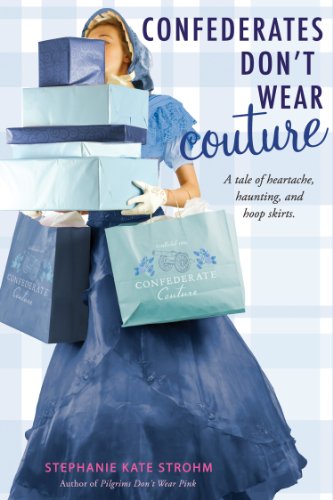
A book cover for Confederates Don't Wear Couture; Stephanie Kate Strohm; Teen & Young Adult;